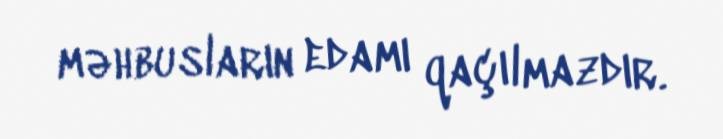
məhbusların edamı qaçılmazdır.